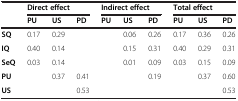
<table><thead><tr><td><b> </b></td><td colspan="3"><b>Direct effect</b></td><td colspan="3"><b>Indirect effect</b></td><td colspan="3"><b>Total effect</b></td></tr><tr><td><b> </b></td><td><b>PU</b></td><td><b>US</b></td><td><b>PD</b></td><td><b>PU</b></td><td><b>US</b></td><td><b>PD</b></td><td><b>PU</b></td><td><b>US</b></td><td><b>PD</b></td></tr></thead><tbody><tr><td><b>SQ</b></td><td>0.17</td><td>0.29</td><td> </td><td> </td><td>0.06</td><td>0.26</td><td>0.17</td><td>0.36</td><td>0.26</td></tr><tr><td><b>IQ</b></td><td>0.40</td><td>0.14</td><td> </td><td> </td><td>0.15</td><td>0.31</td><td>0.40</td><td>0.29</td><td>0.31</td></tr><tr><td><b>SeQ</b></td><td>0.03</td><td>0.14</td><td> </td><td> </td><td>0.01</td><td>0.09</td><td>0.03</td><td>0.15</td><td>0.09</td></tr><tr><td><b>PU</b></td><td> </td><td>0.37</td><td>0.41</td><td> </td><td> </td><td>0.19</td><td> </td><td>0.37</td><td>0.60</td></tr><tr><td><b>US</b></td><td> </td><td> </td><td>0.53</td><td> </td><td> </td><td> </td><td> </td><td> </td><td>0.53</td></tr></tbody></table>